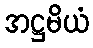
အဋ္ဌမိယံ